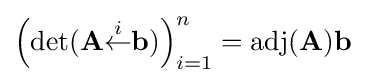
\left(\det(\mathbf {A} {\stackrel {i}{\leftarrow }}\mathbf {b} )\right)_{i=1}^{n}=\operatorname {adj} (\mathbf {A} )\mathbf {b}